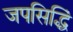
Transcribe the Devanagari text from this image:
जपसिद्धिं